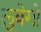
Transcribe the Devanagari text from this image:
लुवेगो